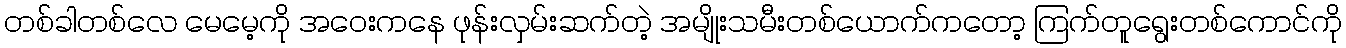
တစ်ခါတစ်လေ မေမေ့ကို အဝေးကနေ ဖုန်းလှမ်းဆက်တဲ့ အမျိုးသမီးတစ်ယောက်ကတော့ ကြက်တူရွေးတစ်ကောင်ကို